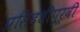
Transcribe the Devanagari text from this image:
प्रसिद्धीपूर्वी